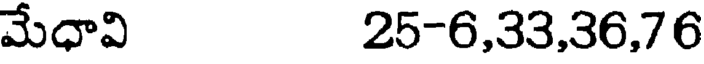
మేధావి 25-6,33,36,76